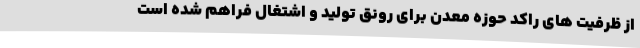
از ظرفیت های راکد حوزه معدن برای رونق تولید و اشتغال فراهم شده است